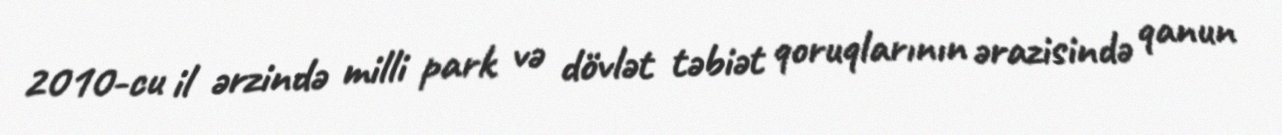
2010-cu il ərzində milli park və dövlət təbiət qoruqlarının ərazisində qanun